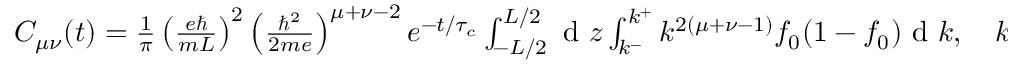
\begin{array} { r } { C _ { \mu \nu } ( t ) = \frac { 1 } { \pi } \left( \frac { e \hbar } { m L } \right) ^ { 2 } \left( \frac { \hbar ^ { 2 } } { 2 m e } \right) ^ { \mu + \nu - 2 } e ^ { - t / \tau _ { c } } \int \displaylimits _ { - L / 2 } ^ { L / 2 } \textrm { d } z \int \displaylimits _ { k ^ { - } } ^ { k ^ { + } } k ^ { 2 ( \mu + \nu - 1 ) } f _ { 0 } ( 1 - f _ { 0 } ) \textrm { d } k , \quad k ^ { \pm } = \frac { m } { \hbar t } \left( \pm \frac { L } { 2 } - z \right) , } \end{array}